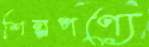
শিল্পপণ্যে